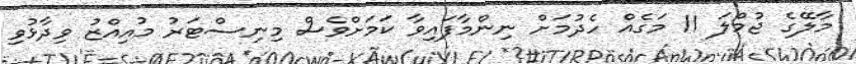
މާލޭގެ ޖުމްލަ 11 މަގެއް ހެދުމަށް ނިންމާފައިވާ ކަމަށްވެސް މިނިސްޓަރު މުއިއްޒު ވިދާޅުވި